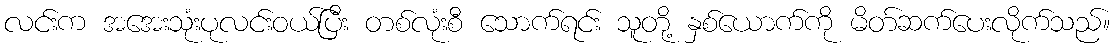
လင်းက အအေးသုံးပုလင်းဝယ်ပြီး တစ်လုံးစီ သောက်ရင်း သူတို့ နှစ်ယောက်ကို မိတ်ဆက်ပေးလိုက်သည်။